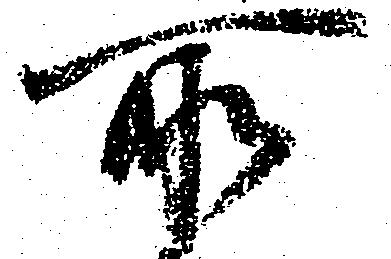
所